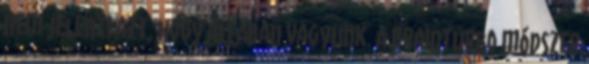
nem jelenti azt, hogy alfában vagyunk. A Brainturbo módszer